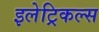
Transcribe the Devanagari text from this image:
इलेट्रिकल्स